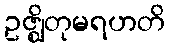
ဥဇ္ဈိတုမရဟတိ